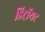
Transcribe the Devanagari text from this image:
डिट्रॉयट